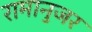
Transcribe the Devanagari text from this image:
रामानुजर